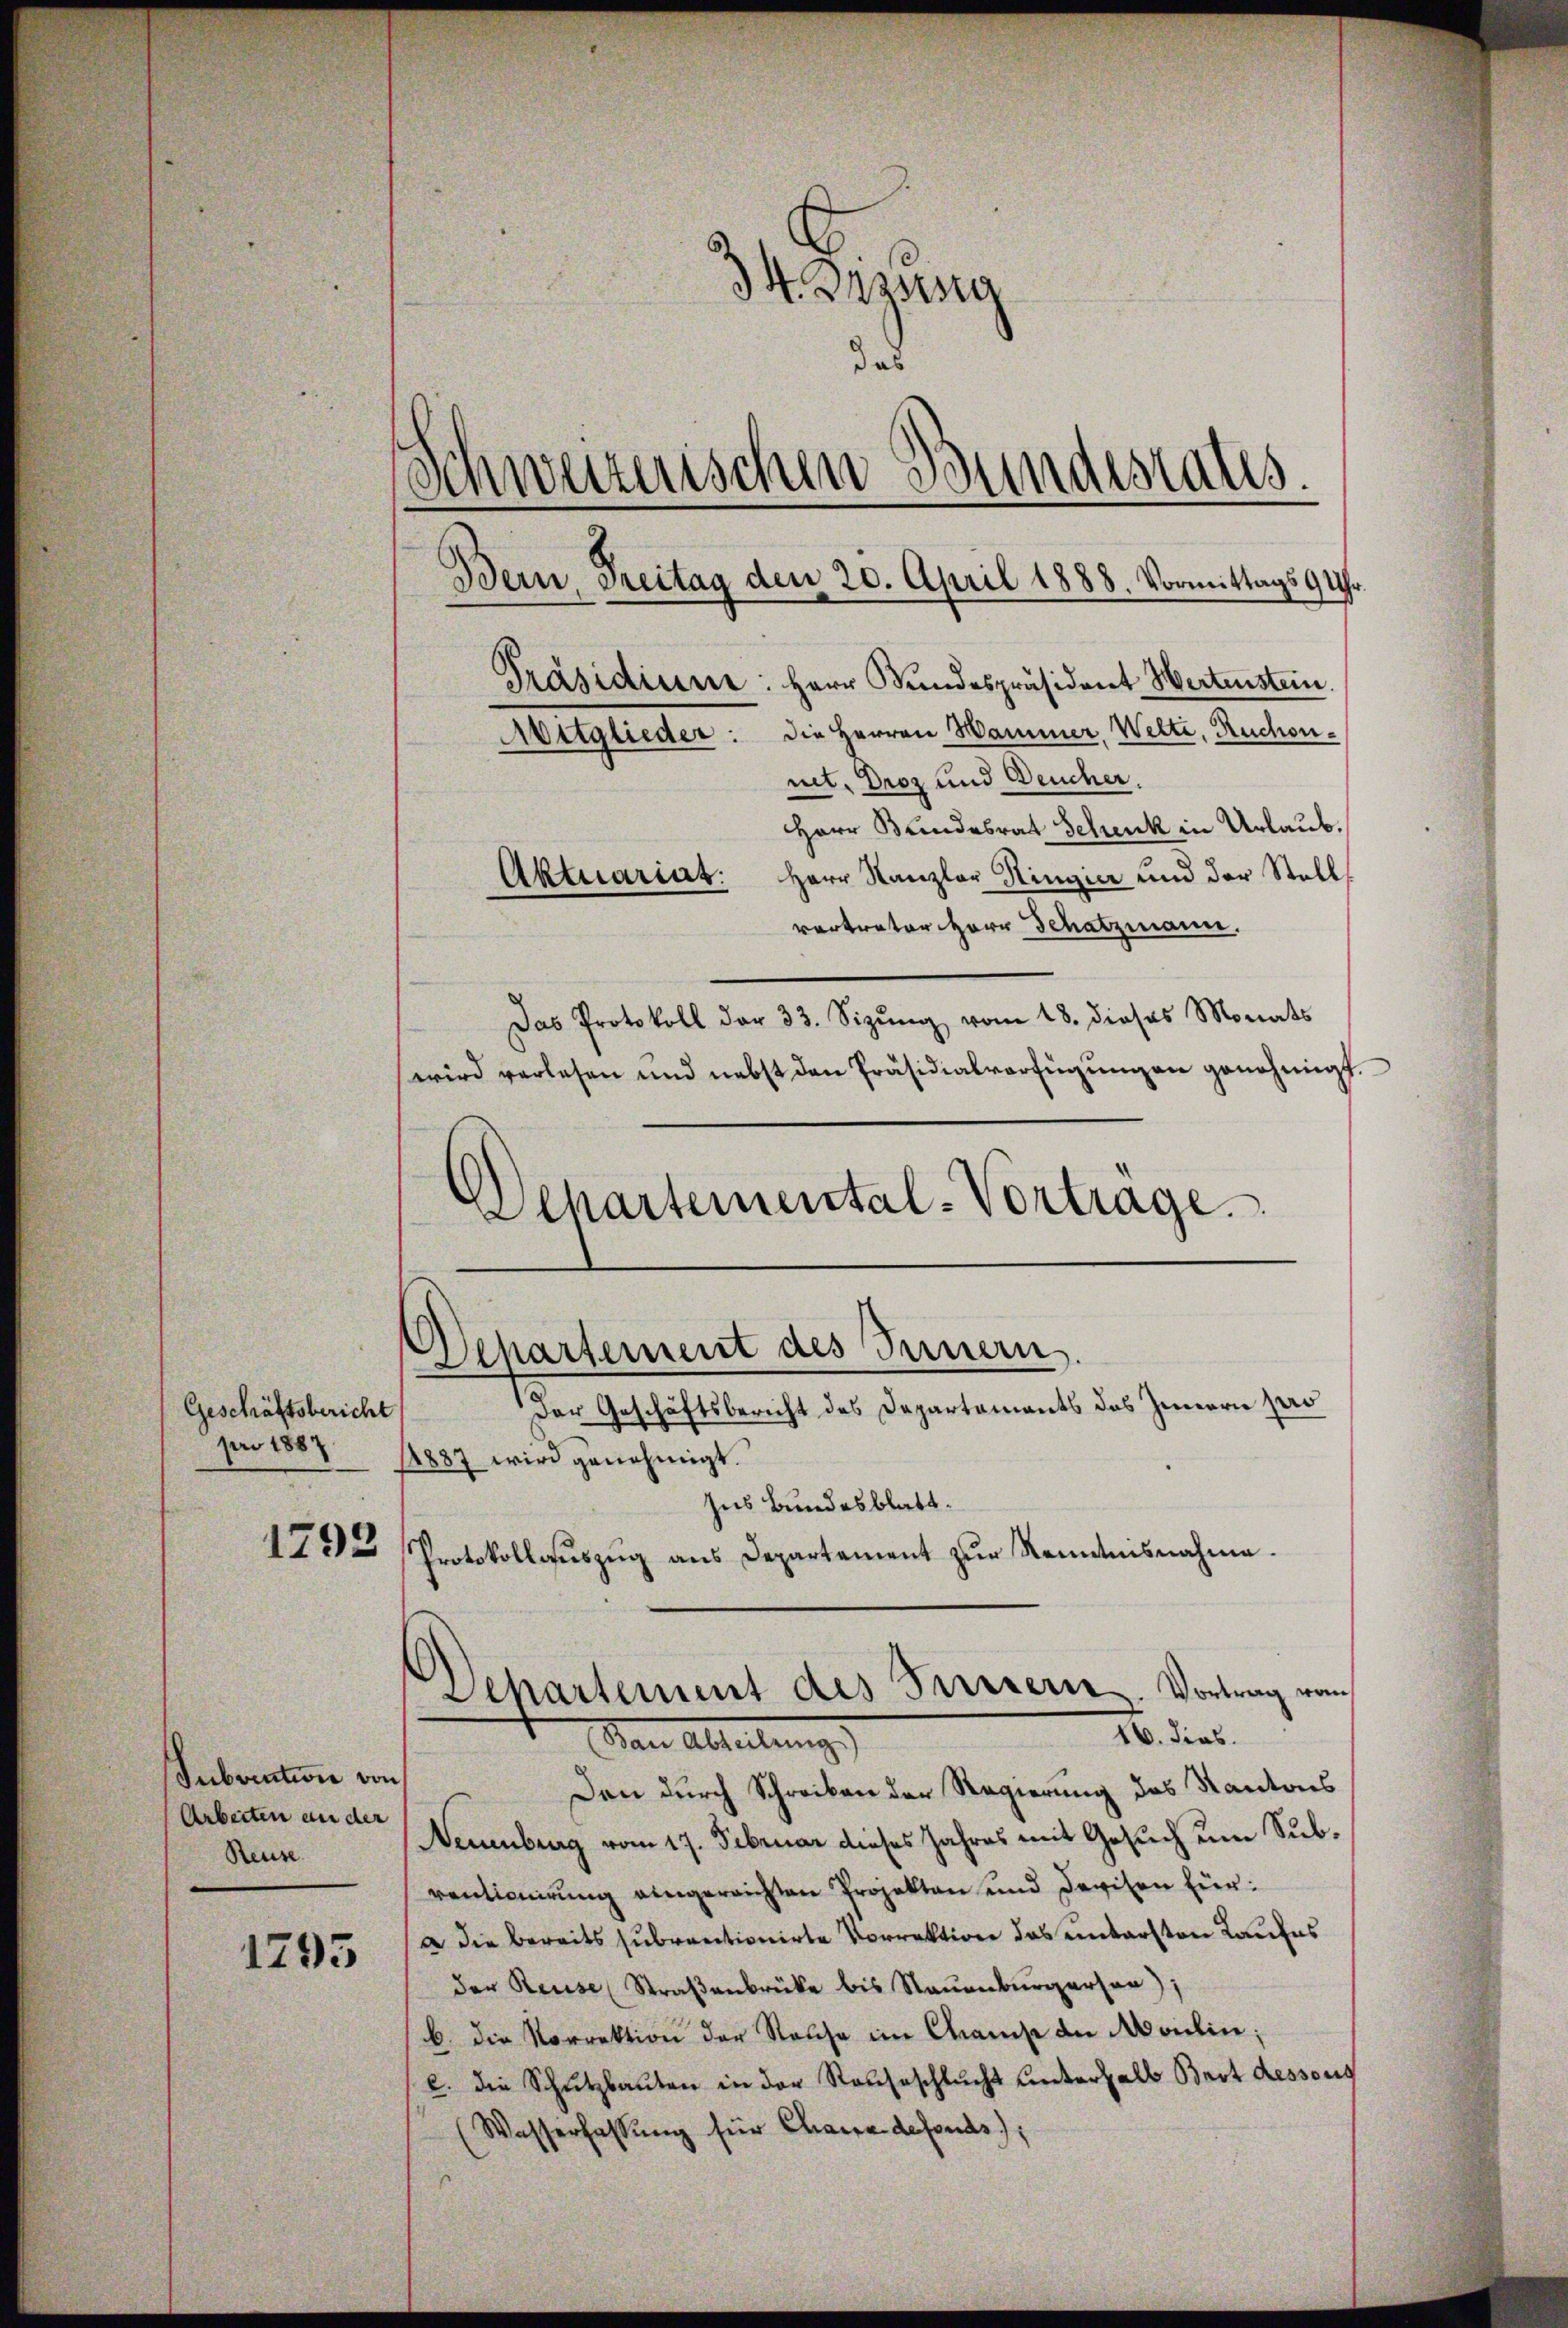
1793

1795

34. Dasserg
d
Präsidium: Herr Bundespräsident Wertenstein.
Auglieder: die Herren Hammer. Welti, Ruchonnit, Droz und Deucher.
Herr Bundesrat Schenk in Urlaub¬
Aktuariat. Herr Kanzler Singer und der Stell
vertreter Herr Schatzmann.
Das Protokoll der 33. Sizŭng vom 18. dieses Monats
wird verlesen und nebst den Präsidialverfügungen genehmigt.
d
Departemental-Vortrage

Geschäftsbericht
pro 1887.

Separtement des Innern
Der Geschäftsbericht des Departaments des Innern pro
1887 wird genehmigt.
Ins Bundesblatt.

Subvention von
Arbeiten an der
Reuse

Schweizerischen Bundesrats.
Bein, Freitag den 20. April 1888. Vormittags 9 Uhr

Protokollauszug aus Departement zur Kenntnisnahme.

Den durch Schreiben der Regierung des Kantons
Neuenburg vom 17. Februar dieses Jahres mit Gesuch um Subventionirung eingereichten Projekten und Devisen für:
a die bereits subventionirte Vorrektione das untersten Laufes
der Reuse Straßenbrücke bis Stauenburgerson),
b. die Vorrektion der Rathe im Campe an Moulin;
c. die Schutzbauten in der Raubeschlucht unterhalb Bart dessous
Wasserfassŭng für Chaere defonds;

Departement des Terriern. Vortrag vom
IV. dies.
Aare Abteilung.)